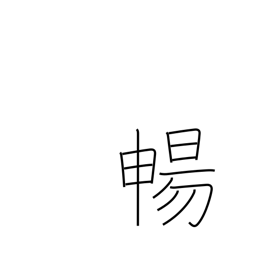
Meaning: stretch